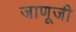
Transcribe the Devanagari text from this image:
जाणूजी